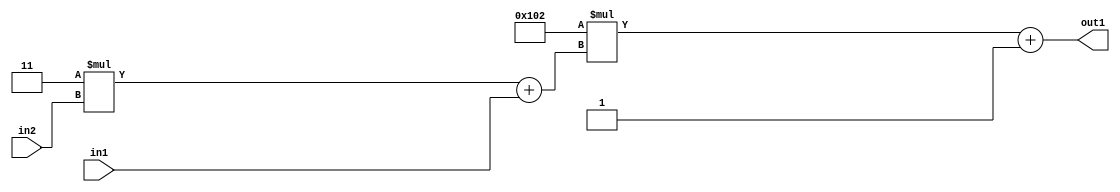
`timescale 1ps / 1ps
/*****************************************************************************
    Verilog RTL Description
    
    
    Created by: Stratus DpOpt 2019.1.01 
*******************************************************************************/

module DC_Filter_Add2i1Mul2i258Add2u1Mul2i3u2_4 (
	in2,
	in1,
	out1
	); /* architecture "behavioural" */ 
input [1:0] in2;
input  in1;
output [11:0] out1;
wire [11:0] asc001;
wire [3:0] asc002;

wire [3:0] asc002_tmp_0;
assign asc002_tmp_0 = 
	+(4'B0011 * in2);
assign asc002 = asc002_tmp_0
	+(in1);

wire [11:0] asc001_tmp_1;
assign asc001_tmp_1 = 
	+(12'B000100000010 * asc002);
assign asc001 = asc001_tmp_1
	+(12'B000000000001);

assign out1 = asc001;
endmodule

/* CADENCE  v7bzSQ4= : u9/ySgnWtBlWxVPRXgAZ4Og= ** DO NOT EDIT THIS LINE ******/